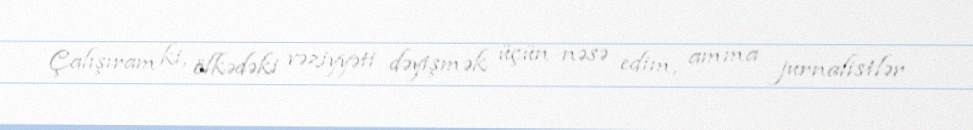
Çalışıram ki, ölkədəki vəziyyəti dəyişmək üçün nəsə edim, amma jurnalistlər